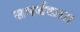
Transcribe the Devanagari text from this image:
समर्थकात